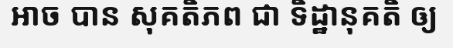
អាច បាន សុគតិភព ជា ទិដ្ឋានុគតិ ឲ្យ